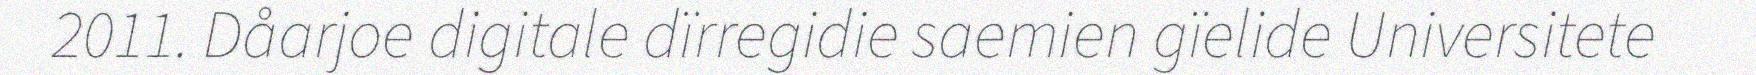
2011. Dåarjoe digitale dïrregidie saemien gïelide Universitete